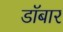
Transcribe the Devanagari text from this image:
डॉबार